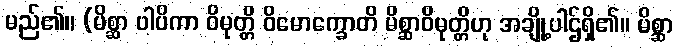
မည်၏။ (မိစ္ဆာ ပါပိကာ ဝိမုတ္တိ ဝိမောက္ခောတိ မိစ္ဆာဝိမုတ္တိဟု အချို့ပါဌ်ရှိ၏။ မိစ္ဆာ